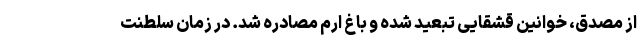
از مصدق، خوانین قشقایی تبعید شده و باغ ارم مصادره شد. در زمان سلطنت